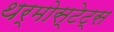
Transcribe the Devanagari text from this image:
थर्मोस्टेट्स